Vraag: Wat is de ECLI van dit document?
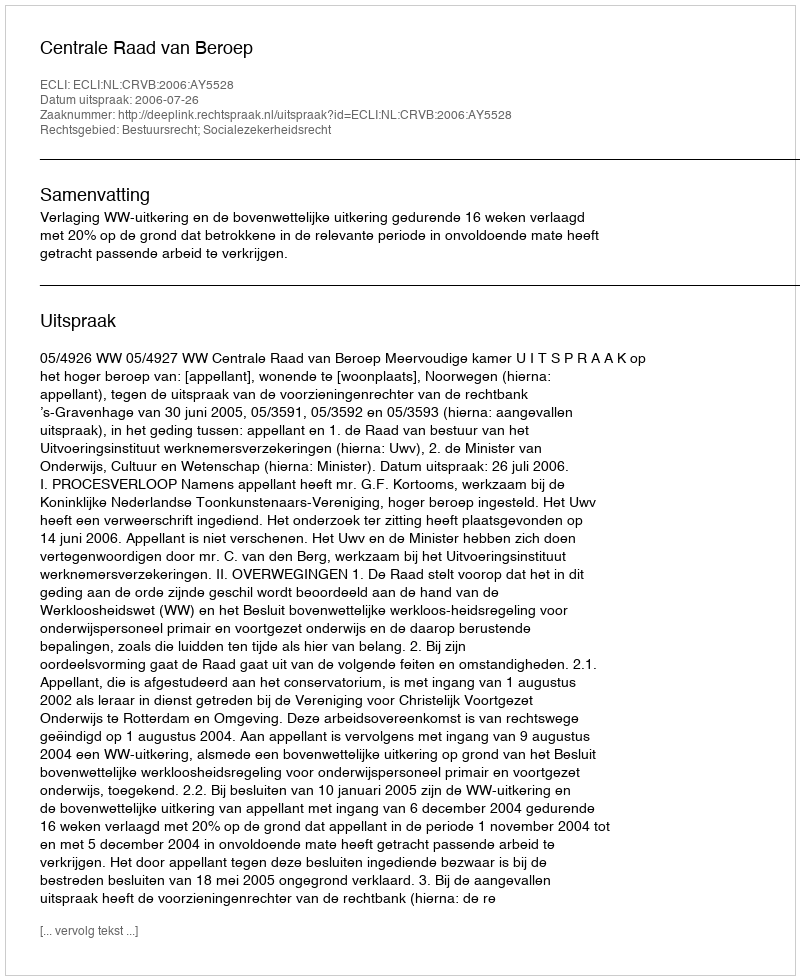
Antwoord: ECLI:NL:CRVB:2006:AY5528